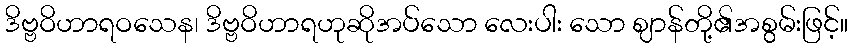
ဒိဗ္ဗဝိဟာရဝသေန၊ ဒိဗ္ဗဝိဟာရဟုဆိုအပ်သော လေးပါး သော ဈာန်တို့၏အစွမ်းဖြင့်။